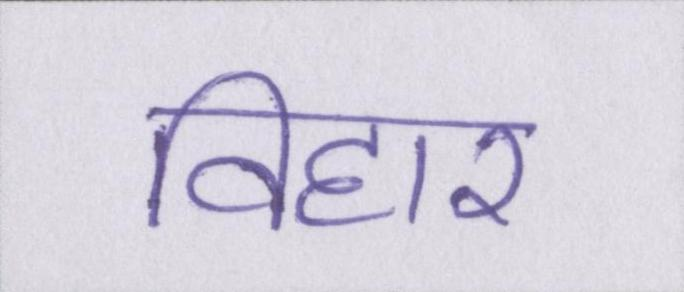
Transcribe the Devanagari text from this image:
विहार